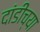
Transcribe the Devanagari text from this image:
दांडीच्या